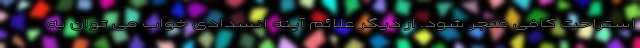
استراحت کافی منجر شود. از دیگر علائم آپنه انسدادی خواب می توان به